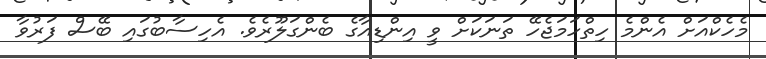
މެހެކްއަށް އެންމެ ހިތްހަމަޖެހޭ ތަނަކަށް ވީ އިންޑިއާގެ ބެންގަލޫރެވެ. އެހިސާބުގައި ބޭސް ފަރުވާ